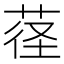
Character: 𱽮